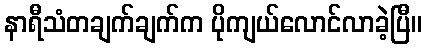
နာရီသံတချက်ချက်က ပိုကျယ်လောင်လာခဲ့ပြီ။